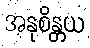
အနုစိန္တယ